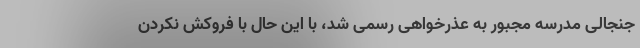
جنجالی مدرسه مجبور به عذرخواهی رسمی شد، با این حال با فروکش نکردن